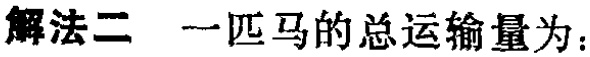
解法二 一匹马的总运输量为：